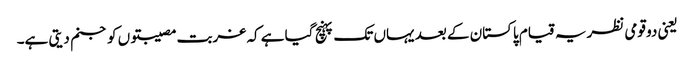
یعنی دو قومی نظریہ قیام پاکستان کے بعد یہاں تک پہنچ گیا ہے کہ غربت مصیبتوں کو جنم دیتی ہے۔